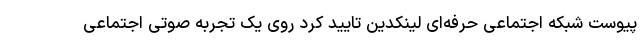
پیوست شبکه اجتماعی حرفه‌ای لینکدین تایید کرد روی یک تجربه صوتی اجتماعی